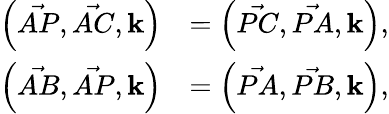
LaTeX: {\begin{array}{rl}{{\Bigl(}{\vec{AP}},{\vec{AC}},\mathbf{k}{\Bigr)}}&{={\Bigl(}{\vec{PC}},{\vec{PA}},\mathbf{k}{\Bigr)},}\\ {{\Bigl(}{\vec{AB}},{\vec{AP}},\mathbf{k}{\Bigr)}}&{={\Bigl(}{\vec{PA}},{\vec{PB}},\mathbf{k}{\Bigr)},}\end{array}}